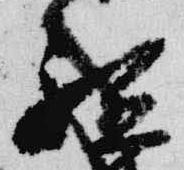
祗